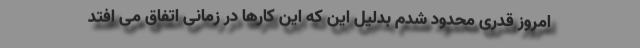
امروز قدری محدود شدم بدلیل این که این کارها در زمانی اتفاق می افتد